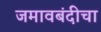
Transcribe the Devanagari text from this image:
जमावबंदीचा